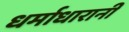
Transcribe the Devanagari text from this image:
धर्माधारानी